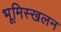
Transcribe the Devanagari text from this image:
भूमिस्खलन